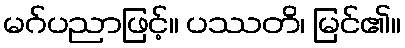
မဂ်ပညာဖြင့်။ ပဿတိ၊ မြင်၏။